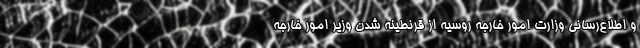
و اطلاع‌رسانی وزارت امور خارجه روسیه از قرنطینه شدن وزیر امور خارجه